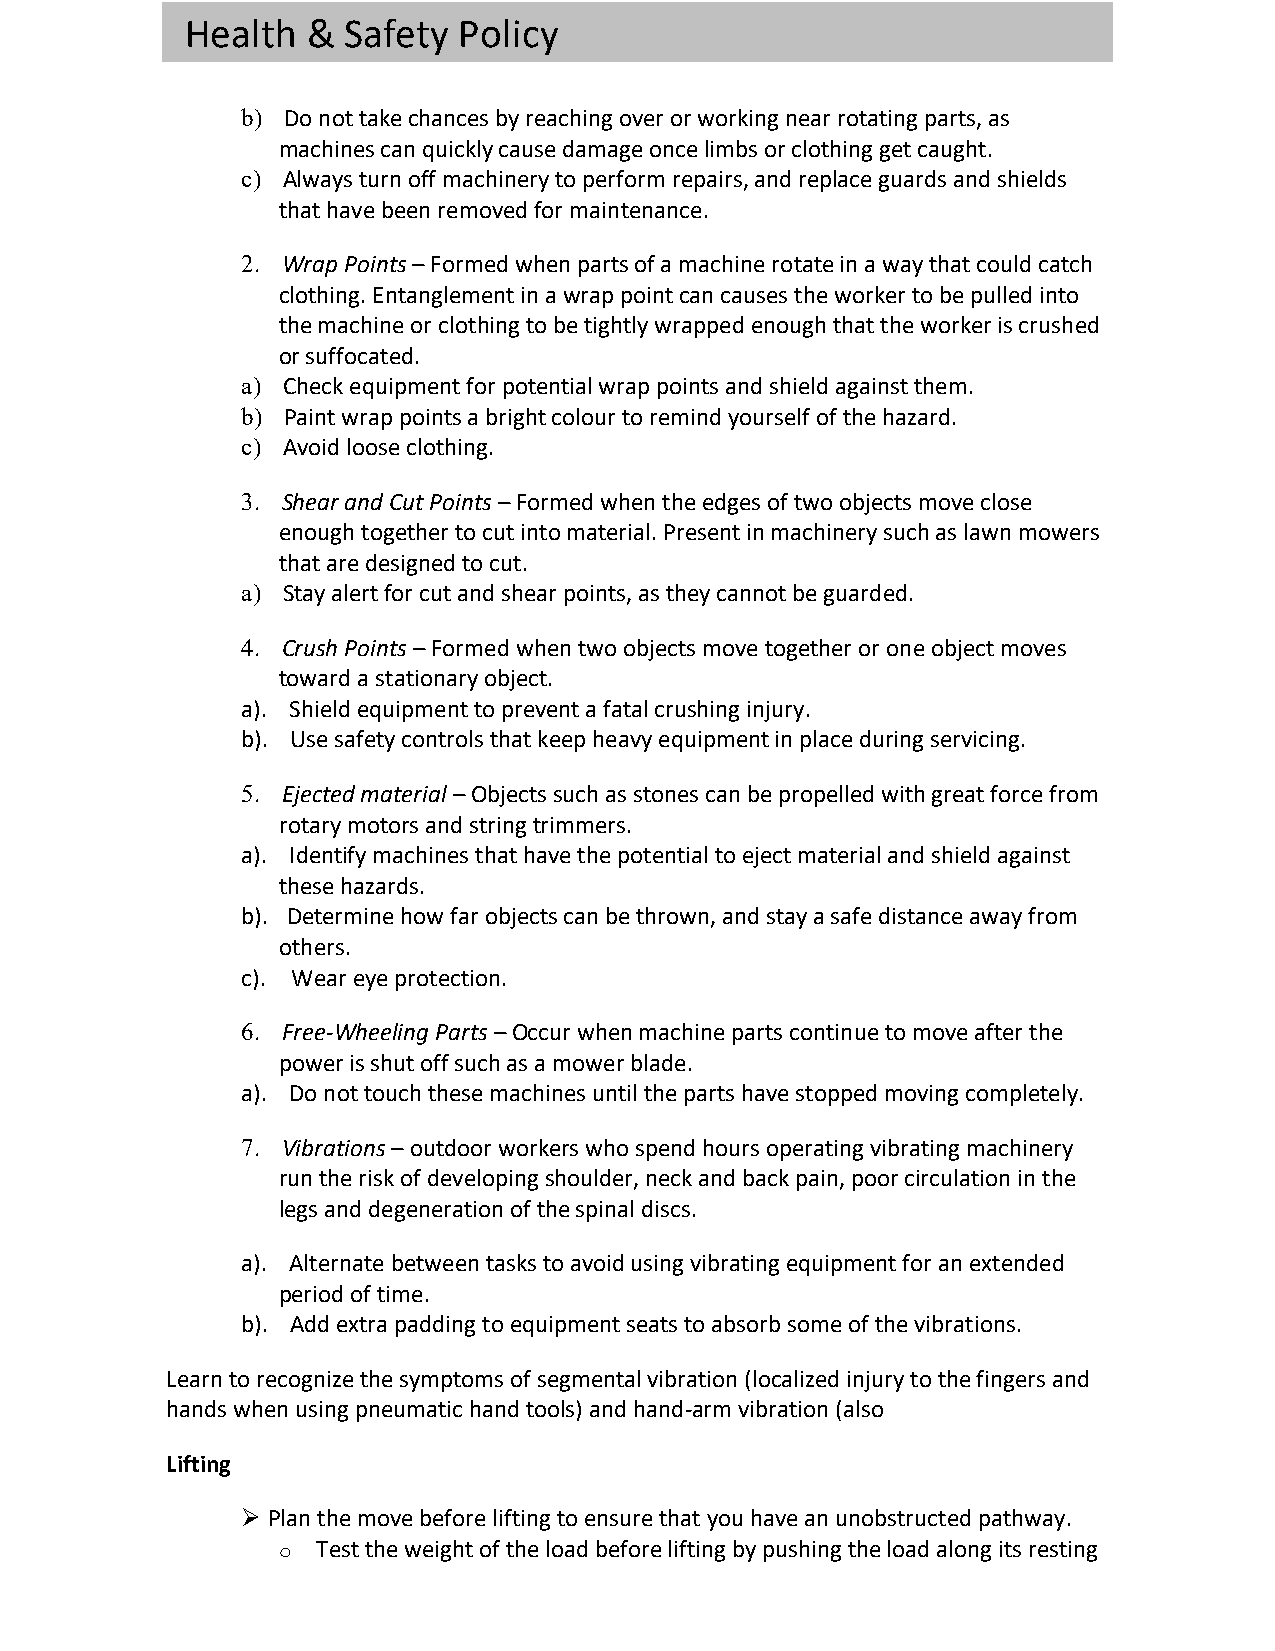
Health  &  Safety Policy
 b) Do not take chances by reaching over or working near rotating parts, as
 machines can quickly cause damage once limbs or clothing get caught.
 c) Always turn off machinery to perform repairs, and replace guards and shields
 that have been removed for maintenance.
 2. Wrap Points – Formed when parts of a machine rotate in a way that could catch
 clothing. Entanglement in a wrap point can causes the worker to be pulled into
 the machine or clothing to be tightly wrapped enough that the worker is crushed
 or suffocated.
 a) Check equipment for potential wrap points and shield against them.
 b) Paint wrap points a bright colour to remind yourself of the hazard.
 c) Avoid loose clothing.
 3. Shear and Cut Points – Formed when the edges of two objects move close
 enough together to cut into material. Present in machinery such as lawn mowers
 that are designed to cut.
 a) Stay alert for cut and shear points, as they cannot be guarded.
 4. Crush Points – Formed when two objects move together or one object moves
 toward a stationary object.
 a). Shield equipment to prevent a fatal crushing injury.
 b). Use safety controls that keep heavy equipment in place during servicing.
 5. Ejected material – Objects such as stones can be propelled with great force from
 rotary motors and string trimmers.
 a). Identify machines that have the potential to eject material and shield against
 these hazards.
 b). Determine how far objects can be thrown, and stay a safe distance away from
 others.
 c). Wear eye protection.
 6. Free-Wheeling Parts – Occur when machine parts continue to move after the
 power is shut off such as a mower blade.
 a). Do not touch these machines until the parts have stopped moving completely.
 7. Vibrations – outdoor workers who spend hours operating vibrating machinery
 run the risk of developing shoulder, neck and back pain, poor circulation in the
 legs and degeneration of the spinal discs.
 a). Alternate between tasks to avoid using vibrating equipment for an extended
 period of time.
 b). Add extra padding to equipment seats to absorb some of the vibrations.
 Learn to recognize the symptoms of segmental vibration (localized injury to the fingers and
 hands when using pneumatic hand tools) and hand-arm vibration (also
 Lifting
 Ø Plan the move before lifting to ensure that you have an unobstructed pathway.
 o  Test the weight of the load before lifting by pushing the load along its resting